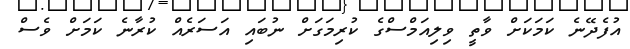
އުފެދޭނެ ކަމަކަށް ވާތީ ވިލިއަމްސްގެ ކުރިމަގަށް ނުބައި އަސަރެއް ކުރާނެ ކަމަށް ވެސް